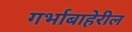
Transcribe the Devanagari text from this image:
गर्भाबाहेरील